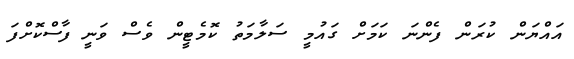
އައްޔަން ކުރަން ފެންނަ ކަމަށް ގައުމީ ސަލާމަތު ކޮމެޓީން ވެސް ވަނީ ފާސްކޮށްފަ